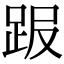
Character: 𧿸